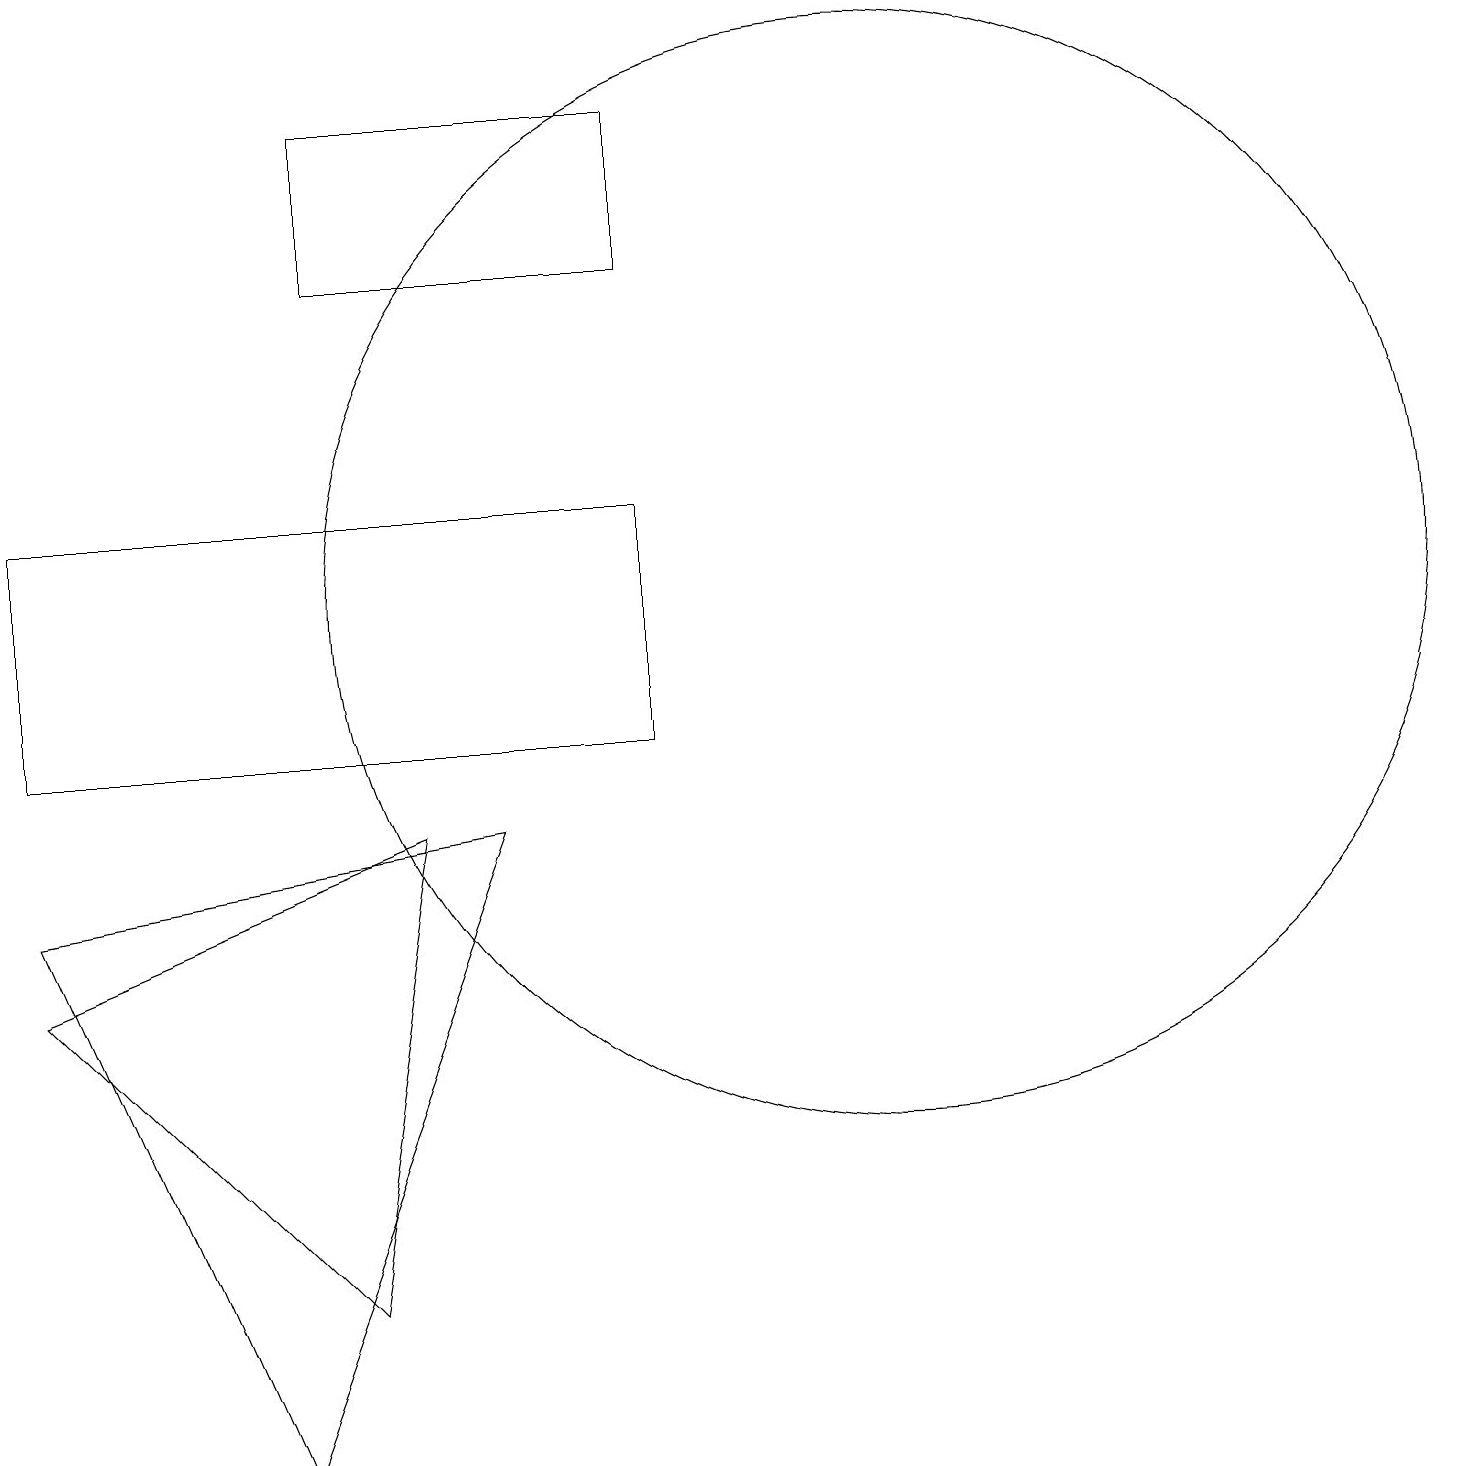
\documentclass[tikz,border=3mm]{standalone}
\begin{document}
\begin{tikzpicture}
\draw (11,12) circle (7);
\draw (6,9) -- (3,1) -- (0,8) -- cycle;
\draw (8,10) rectangle (0,13);
\draw (0,7) -- (4,3) -- (5,9) -- cycle;
\draw (8,18) rectangle (4,16);
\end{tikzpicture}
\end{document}